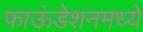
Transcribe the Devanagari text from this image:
फाऊंडेशनमध्ये